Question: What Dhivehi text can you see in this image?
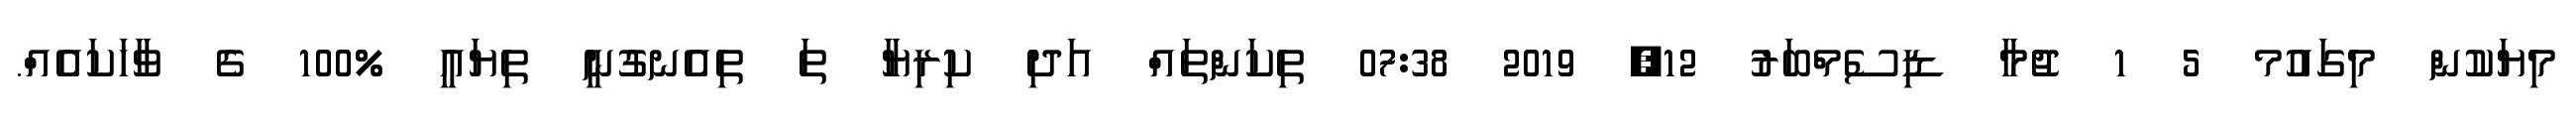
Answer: މިޔަކުން މިގައުމ 5 1 ޖުމާ ޑިސެމްބަރު 12, 2019 07:38 ތިކަންތައް އަދި ކިރިޔާ ތަ ތިއެނގުނީ ތިޔައީ %100 ގެ ވާހަކައެއް.